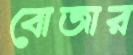
বোজার